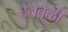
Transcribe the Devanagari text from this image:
देतेवेळी